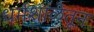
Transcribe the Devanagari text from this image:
धर्मशाळेतून